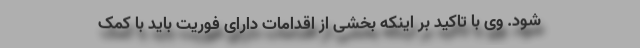
شود. وی با تاکید بر اینکه بخشی از اقدامات دارای فوریت باید با کمک